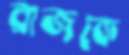
রাজকে